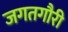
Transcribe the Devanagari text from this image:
जगतगौरी